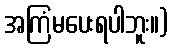
အကြံမပေးရပါဘူး။)